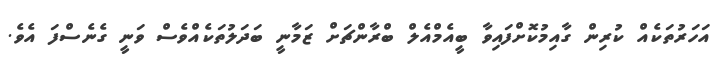
އަހަރުތަކެއް ކުރިން ގާއިމުކޮށްފައިވާ ބީއެމްއެލް ބްރާންޗަށް ޒަމާނީ ބަދަލުތަކެއްވެސް ވަނީ ގެނެސްފަ އެވެ.